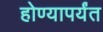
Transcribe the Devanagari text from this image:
होण्यापर्यंत